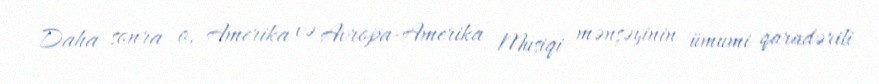
Daha sonra o, Amerika və Avropa-Amerika Musiqi mənşəyinin ümumi qaradərili